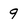
Character: 9